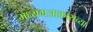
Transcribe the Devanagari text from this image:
मध्यमआकाराच्या